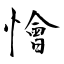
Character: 懀